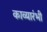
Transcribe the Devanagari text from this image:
काव्यारंभी